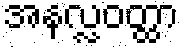
အနလ္လဝတ္ထာ